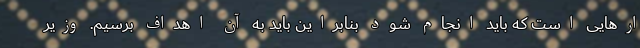
ارهایی است که باید انجام شود بنابراین باید به آن اهداف برسیم. وزیر